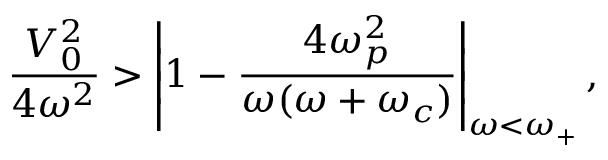
\frac { V _ { 0 } ^ { 2 } } { 4 \omega ^ { 2 } } > \left\vert 1 - \frac { 4 \omega _ { p } ^ { 2 } } { \omega ( \omega + \omega _ { c } ) } \right\vert _ { \omega < \omega _ { + } } ,